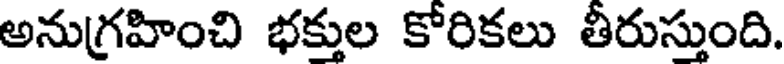
అనుగ్రహించి భక్తుల కోరికలు తీరుస్తుంది.